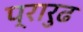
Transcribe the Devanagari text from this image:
प्रारुढ